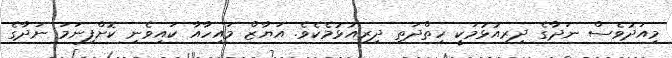
މިއަދުވެސް ނަދާގެ ދިރިއުޅުމަކީ ހިތްދަތި ދިރިއުޅުމެކެވެ. އަޔާޒް މައިހާއާ ކައިވެނި ކޮށްފިނަމަ ނަދާގެ